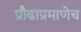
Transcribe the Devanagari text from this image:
प्रौढाप्रमाणेच